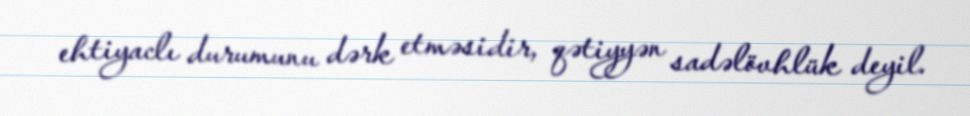
ehtiyaclı durumunu dərk etməsidir, qətiyyən sadəlövhlük deyil.